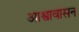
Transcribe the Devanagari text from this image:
आश्वावासन